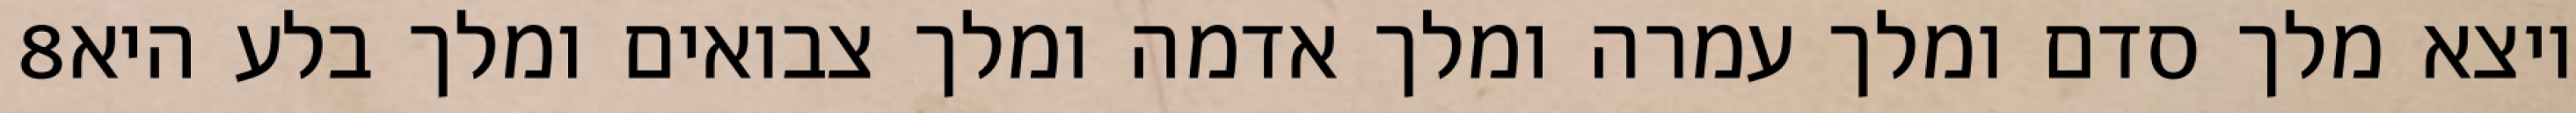
‎8‏ ויצא מלך סדם ומלך עמרה ומלך אדמה ומלך צבואים ומלך בלע היא